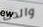
والدك